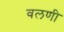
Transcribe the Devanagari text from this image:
वलणी